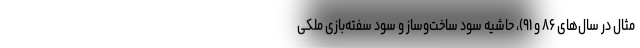
مثال در سال‌های ۸۶ و ۹۱)، حاشیه سود ساخت‌وساز و سود سفته‌بازی ملکی